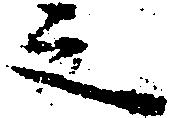
之